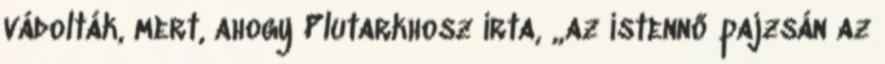
vádolták, mert, ahogy Plutarkhosz írta, „az istennő pajzsán az